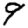
Digit: 9